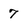
Character: 7